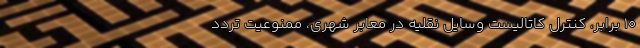
۱۰ برابر، کنترل کاتالیست وسایل نقلیه در معابر شهری، ممنوعیت تردد